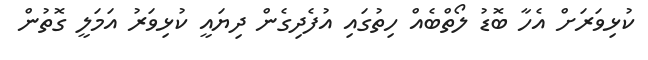
ކުޅިވަރަށް އެހާ ބޮޑު ލޯތްބެއް ހިތުގައި އުފެދިގެން ދިޔައީ ކުޅިވަރު އަމަލީ ގޮތުން